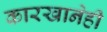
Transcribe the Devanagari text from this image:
कारखानेही